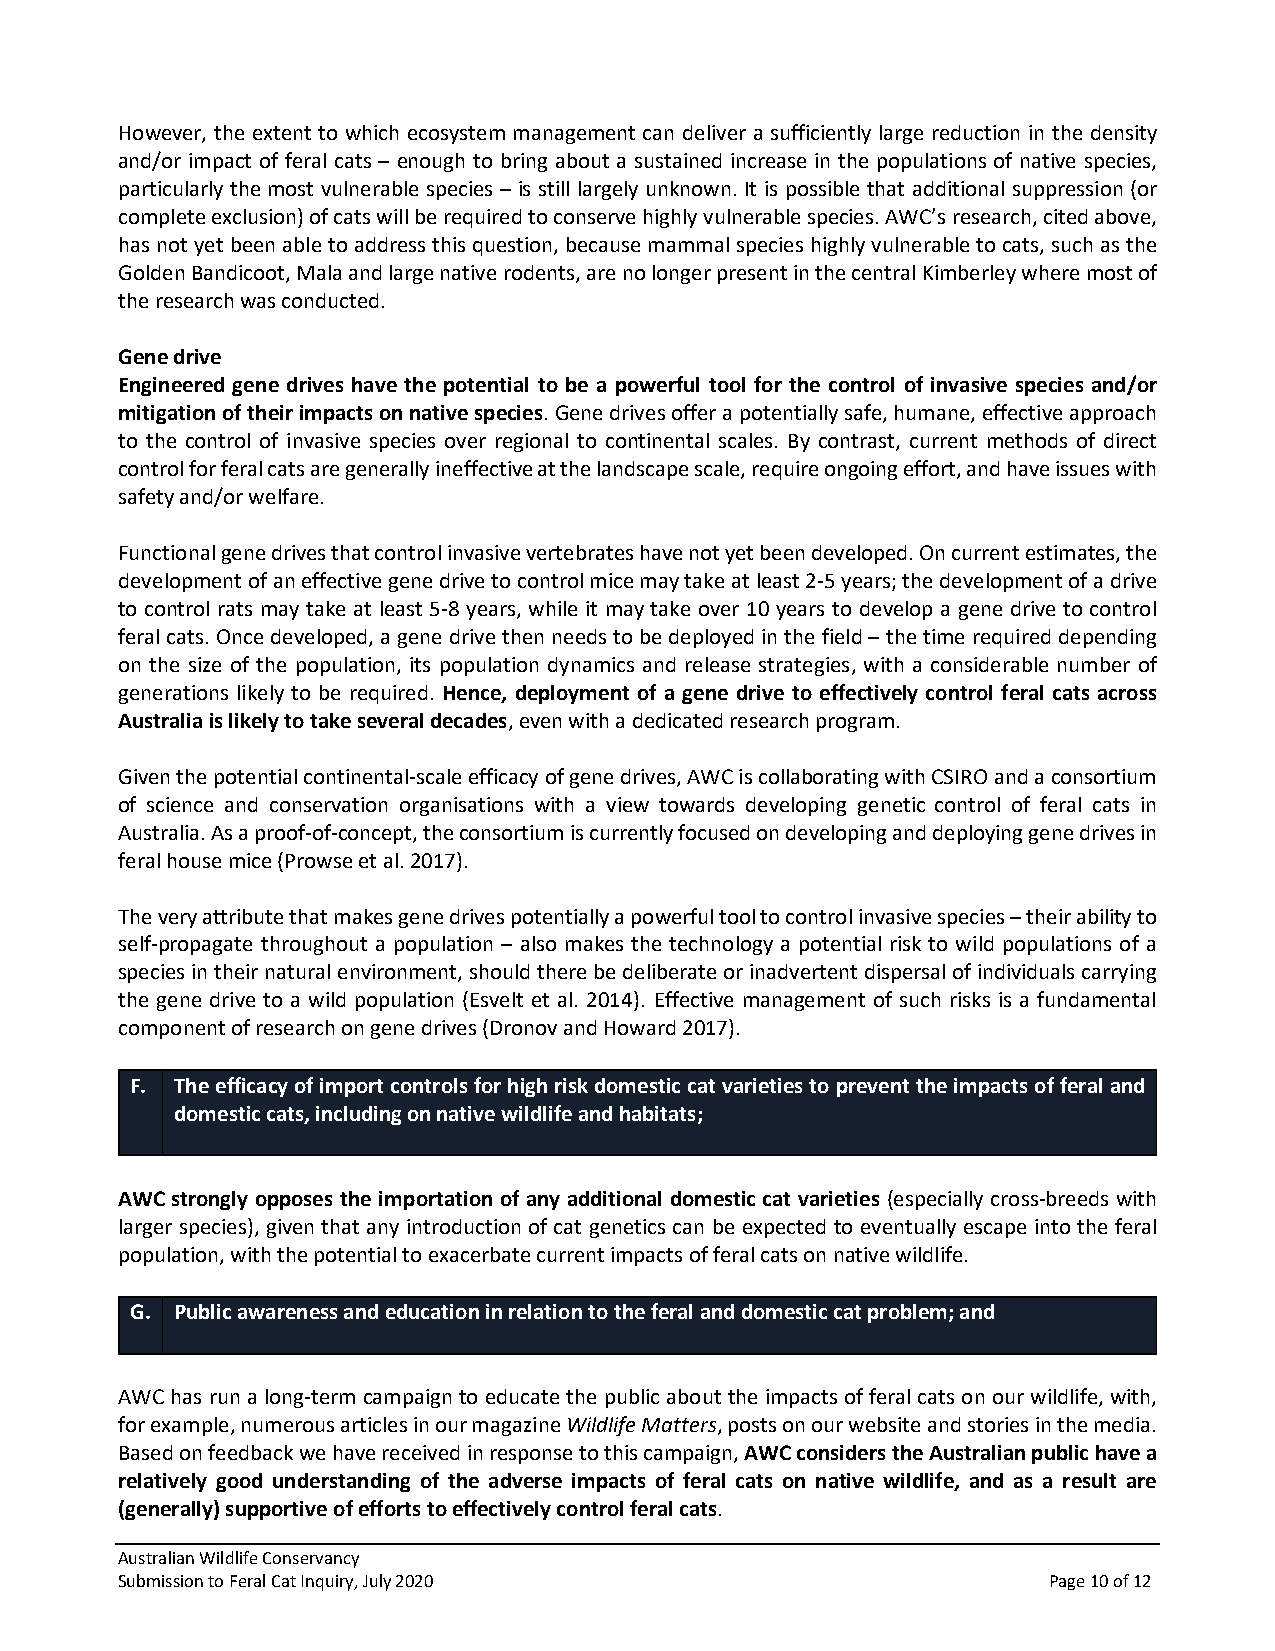
However, the extent to which ecosystem management can deliver a sufficiently large reduction in the density
 and/or impact of feral cats – enough to bring about a sustained increase in the populations of native species,
 particularly the most vulnerable species – is still largely unknown. It is possible that additional suppression (or
 complete exclusion) of cats will be required to conserve highly vulnerable species. AWC’s research, cited above,
 has not yet been able to address this question, because mammal species highly vulnerable to cats, such as the
 Golden Bandicoot, Mala and large native rodents, are no longer present in the central Kimberley where most of
 the research was conducted.
 Gene drive
 Engineered gene drives have the potential to be a powerful tool for the control of invasive species and/or
 mitigation of their impacts on native species. Gene drives offer a potentially safe, humane, effective approach
 to the control of invasive species over regional to continental scales. By contrast, current methods of direct
 control for feral cats are generally ineffective at the landscape scale, require ongoing effort, and have issues with
 safety and/or welfare.
 Functional gene drives that control invasive vertebrates have not yet been developed. On current estimates, the
 development of an effective gene drive to control mice may take at least 2-5 years; the development of a drive
 to control rats may take at least 5-8 years, while it may take over 10 years to develop a gene drive to control
 feral cats. Once developed, a gene drive then needs to be deployed in the field – the time required depending
 on the size of the population, its population dynamics and release strategies, with a considerable number of
 generations likely to be required. Hence, deployment of a gene drive to effectively control feral cats across
 Australia is likely to take several decades, even with a dedicated research program.
 Given the potential continental-scale efficacy of gene drives, AWC is collaborating with CSIRO and a consortium
 of science and conservation organisations with a view towards developing genetic control of feral cats in
 Australia. As a proof-of-concept, the consortium is currently focused on developing and deploying gene drives in
 feral house mice (Prowse et al. 2017).
 The very attribute that makes gene drives potentially a powerful tool to control invasive species – their ability to
 self-propagate throughout a population – also makes the technology a potential risk to wild populations of a
 species in their natural environment, should there be deliberate or inadvertent dispersal of individuals carrying
 the gene drive to a wild population (Esvelt et al. 2014). Effective management of such risks is a fundamental
 component of research on gene drives (Dronov and Howard 2017).
 F. The efficacy of import controls for high risk domestic cat varieties to prevent the impacts of feral and
 domestic cats, including on native wildlife and habitats;
 AWC strongly opposes the importation of any additional domestic cat varieties (especially cross-breeds with
 larger species), given that any introduction of cat genetics can be expected to eventually escape into the feral
 population, with the potential to exacerbate current impacts of feral cats on native wildlife.
 G. Public awareness and education in relation to the feral and domestic cat problem; and
 AWC has run a long-term campaign to educate the public about the impacts of feral cats on our wildlife, with,
 for example, numerous articles in our magazine Wildlife Matters, posts on our website and stories in the media.
 Based on feedback we have received in response to this campaign, AWC considers the Australian public have a
 relatively good understanding of the adverse impacts of feral cats on native wildlife, and as a result are
 (generally) supportive of efforts to effectively control feral cats.
 Australian Wildlife Conservancy
 Submission to Feral Cat Inquiry, July 2020                   Page 10 of 12